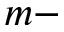
m -